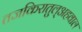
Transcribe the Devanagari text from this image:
तजकिरातुल्अहवाल